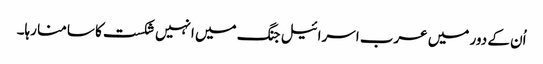
اُن کے دور میں عرب اسرائیل جنگ میں انہیں شکست کا سامنا رہا۔